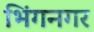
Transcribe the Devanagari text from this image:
भिंगनगर